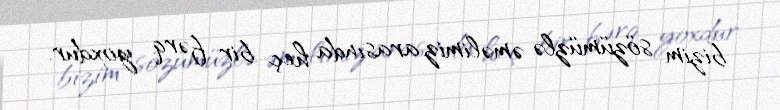
bizim sözümüzlə əməlimiz arasında heç bir fərq yoxdur.